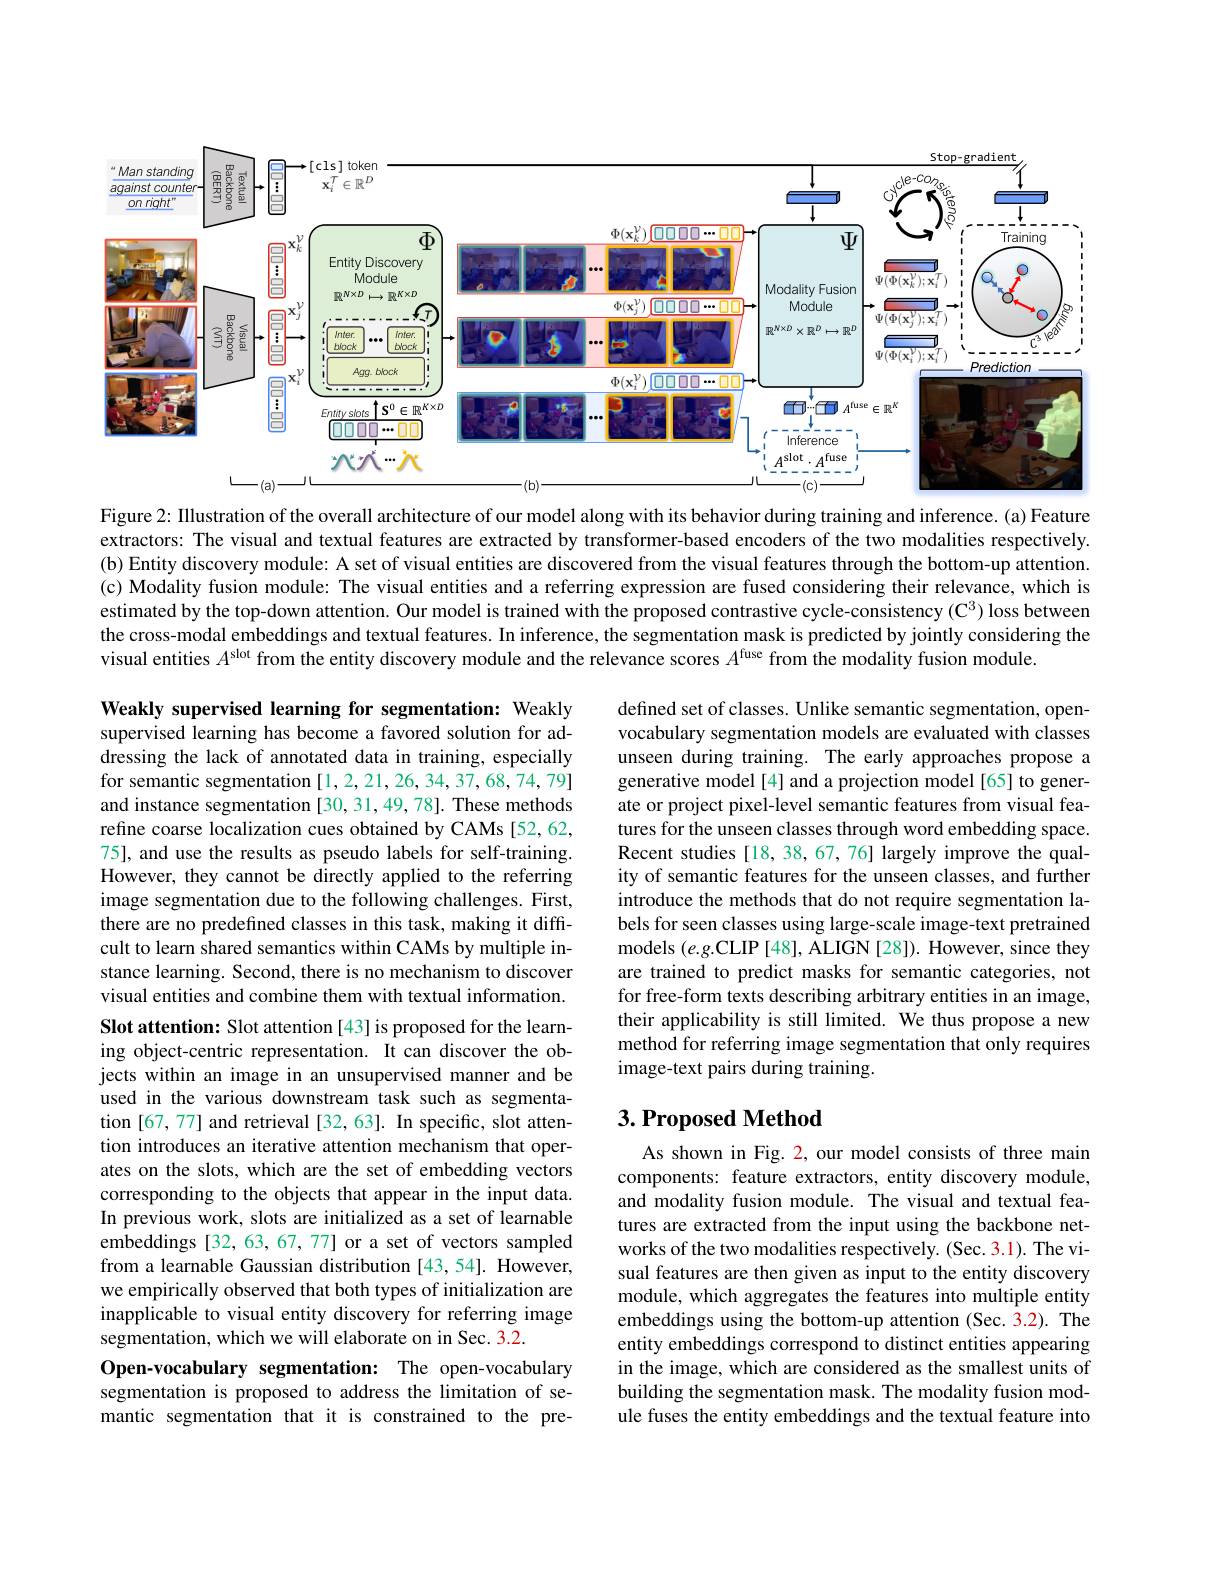
<FigureHere>

Figure 2: Illustration of the overall architecture of our model along with its behavior during training and inference. (a) Feature extractors: The visual and textual features are extracted by transformer-based encoders of the two modalities respectively. (b) Entity discovery module: A set of visual entities are discovered from the visual features through the bottom-up attention. (c) Modality fusion module: The visual entities and a referring expression are fused considering their relevance, which is estimated by the top-down attention. Our model is trained with the proposed contrastive cycle-consistency (C$^3)$ loss between the cross-modal embeddings and textual features. In inference, the segmentation mask is predicted by jointly considering the visual entities $A^\text{slot from the entity discovery module and the relevance scores }A^\mathrm{fuse}$ from the modality fusion module.

defined set of classes. Unlike semantic segmentation, openvocabulary segmentation models are evaluated with classes unseen during training. The early approaches propose a generative model[4] and a projection model[65] to generate or project pixel-level semantic features from visual features for the unseen classes through word embedding space. Recent studies [18, 38, 67, 76] largely improve the quality of semantic features for the unseen classes, and further introduce the methods that do not require segmentation labels for seen classes using large-scale image-text pretrained models $(e.g.$CLIP [48], ALIGN [28]). However, since they are trained to predict masks for semantic categories, not for free-form texts describing arbitrary entities in an image, their applicability is still limited. We thus propose a new method for referring image segmentation that only requires image-text pairs during training.

Weakly supervised learning for segmentation: Weakly supervised learning has become a favored solution for addressing the lack of annotated data in training, especially for semantic segmentation [1,2,21,26,34,37,68,74,79] and instance segmentation [30, 31,49, 78]. These methods refine coarse localization cues obtained by CAMs [52,62, 75], and use the results as pseudo labels for self-training. However, they cannot be directly applied to the referring image segmentation due to the following challenges. First, there are no predefined classes in this task, making it difficult to learn shared semantics within CAMs by multiple instance learning. Second, there is no mechanism to discover visual entities and combine them with textual information. Slot attention: Slot attention [43] is proposed for the learning object-centric representation. It can discover the objects within an image in an unsupervised manner and be used in the various downstream task such as segmentation [67,77] and retrieval [32,63]. In specific, slot attention introduces an iterative attention mechanism that operates on the slots, which are the set of embedding vectors corresponding to the objects that appear in the input data. In previous work, slots are initialized as a set of learnable embeddings[32,63,67,77] or a set of vectors sampled from a learnable Gaussian distribution [43,54]. However, we empirically observed that both types of initialization are inapplicable to visual entity discovery for referring image segmentation, which we will elaborate on in Sec. 3.2.
Open-vocabulary segmentation: The open-vocabulary segmentation is proposed to address the limitation of semantic segmentation that it is constrained to the pre-

## $3. \textbf{Proposed Method}$

As shown in Fig. 2, our model consists of three main components: feature extractors, entity discovery module, and modality fusion module. The visual and textual features are extracted from the input using the backbone networks of the two modalities respectively. (Sec. 3.1). The visual features are then given as input to the entity discovery module, which aggregates the features into multiple entity embeddings using the bottom-up attention (Sec. 3.2). The entity embeddings correspond to distinct entities appearing in the image, which are considered as the smallest units of building the segmentation mask. The modality fusion module fuses the entity embeddings and the textual feature into